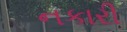
નકારી